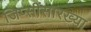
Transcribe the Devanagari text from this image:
जिप्सींसारख्या